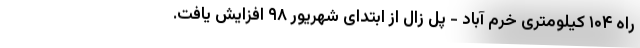
راه ۱۰۴ کیلومتری خرم آباد - پل زال از ابتدای شهریور ۹۸ افزایش یافت.